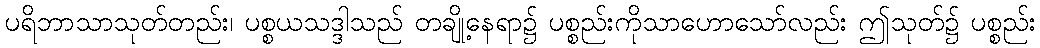
ပရိဘာသာသုတ်တည်း၊ ပစ္စယသဒ္ဒါသည် တချို့နေရာ၌ ပစ္စည်းကိုသာဟောသော်လည်း ဤသုတ်၌ ပစ္စည်း